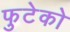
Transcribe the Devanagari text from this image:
फुटेको